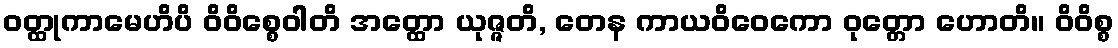
ဝတ္ထုကာမေဟိပိ ဝိဝိစ္စေဝါတိ အတ္ထော ယုဇ္ဇတိ, တေန ကာယဝိဝေကော ဝုတ္တော ဟောတိ။ ဝိဝိစ္စ